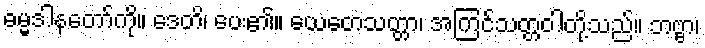
ဓမ္မဒါနတော်ကို။ ဒေတိ၊ ပေး၏။ ယေတေသတ္တာ၊ အကြင်သတ္တဝါတို့သည်။ ဘဗ္ဗာ၊